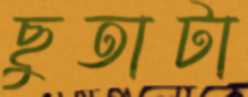
ছুতাটা